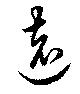
遠